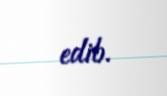
edib.